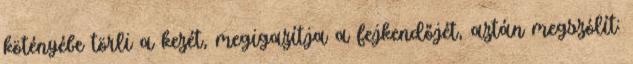
kötényébe törli a kezét, megigazítja a fejkendőjét, aztán megszólít: